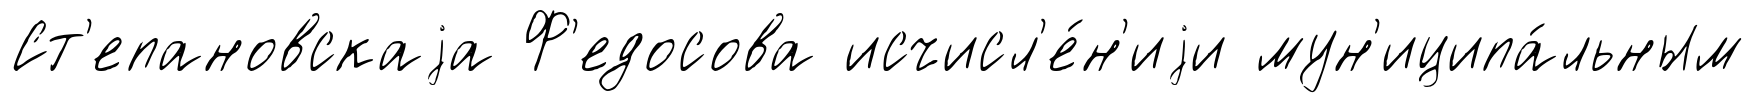
Ст'епановскаjа Ф'едосова исчисл'е́н'иjи мун'иципа́льным